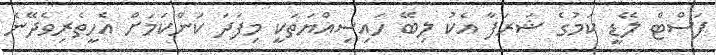
ފަސްޓް ލޭޑީ ކަމުގެ ޝަރަފާ އެކު ލިބޭ ހައިސިއްޔަތަކީ މިފަދަ ކަންކަމަށް އެހީތެރިވެދޭނެ